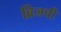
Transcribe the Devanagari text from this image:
ब्रिजची